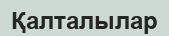
Қалталылар